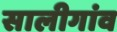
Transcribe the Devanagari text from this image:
सालीगांव